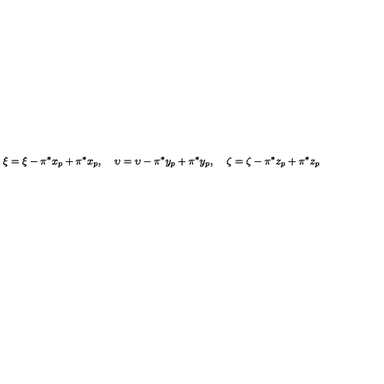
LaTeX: \xi = \xi - \pi ^ { * } x _ { p } + \pi ^ { * } x _ { p } , \: \: \: \: \: \upsilon = \upsilon - \pi ^ { * } y _ { p } + \pi ^ { * } y _ { p } , \: \: \: \: \: \zeta = \zeta - \pi ^ { * } z _ { p } + \pi ^ { * } z _ { p }